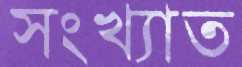
সংখ্যাত